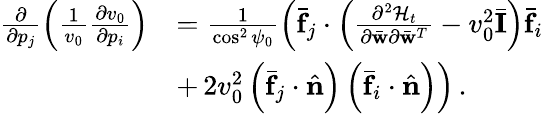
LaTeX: \begin{array}{rl}{\frac{\partial}{\partial p_{j}}\left(\frac{1}{v_{0}}\frac{\partial v_{0}}{\partial p_{i}}\right)}&{=\frac{1}{\cos^{2}\psi_{0}}\left(\bar{\mathbf f}_{j}\cdot\left(\frac{\partial^{2}{\cal H}_{t}}{\partial\bar{\mathbf w}\partial\bar{\mathbf w}^{T}}-v_{0}^{2}\bar{\mathbf I}\right)\bar{\mathbf f}_{i}\right.}\\ &{+\left.2v_{0}^{2}\left(\bar{\mathbf f}_{j}\cdot\hat{\mathbf n}\right)\left(\bar{\mathbf f}_{i}\cdot\hat{\mathbf n}\right)\right)\, .}\end{array}